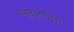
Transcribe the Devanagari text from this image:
घालवण्याचे